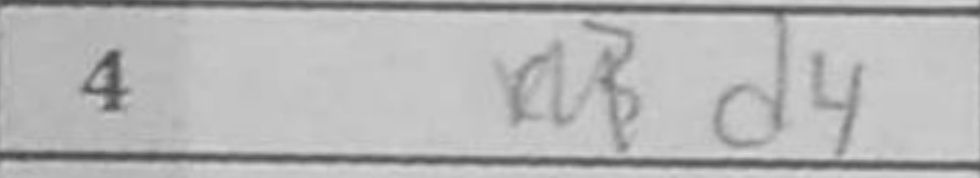
Transcription: d4